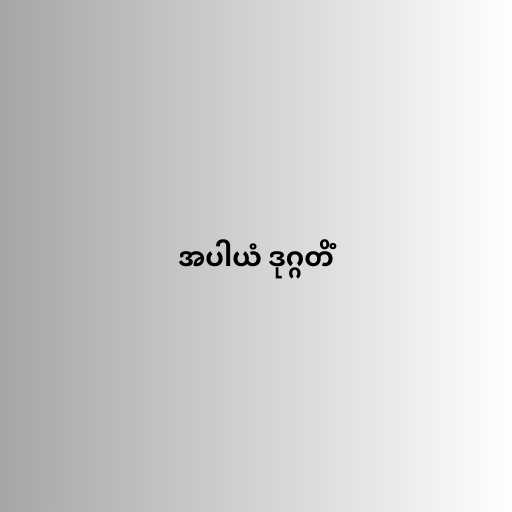
အပါယံ ဒုဂ္ဂတိံ